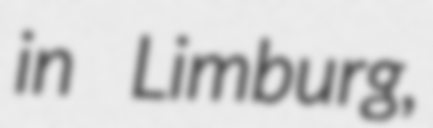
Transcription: in Limburg,